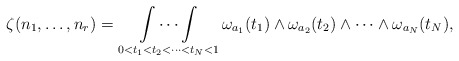
\begin{align*}\begin{aligned}\zeta(n_1,\ldots,n_r) &=\mathop {\int \cdots \int}_{0<t_1<t_2<\cdots<t_N<1} \omega_{a_1}(t_1)\wedge \omega_{a_2}(t_2)\wedge \cdots \wedge \omega_{a_N}(t_{N}),\end{aligned} \end{align*}